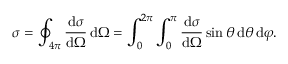
\sigma = \oint _ { 4 \pi } { \frac { \mathrm { d } \sigma } { \mathrm { d } \Omega } } \, \mathrm { d } \Omega = \int _ { 0 } ^ { 2 \pi } \int _ { 0 } ^ { \pi } { \frac { \mathrm { d } \sigma } { \mathrm { d } \Omega } } \sin \theta \, \mathrm { d } \theta \, \mathrm { d } \varphi .